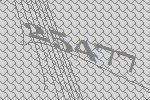
25477